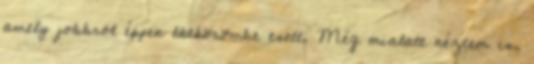
amely jobbról éppen látkörömbe esett. Még mialatt néztem is,